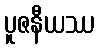
ပူဇနီယဿ